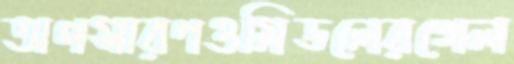
অপসারণওমিডলেরগেল